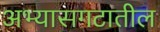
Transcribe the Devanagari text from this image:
अभ्यासगटातील